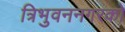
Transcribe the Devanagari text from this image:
त्रिभुवननगरको